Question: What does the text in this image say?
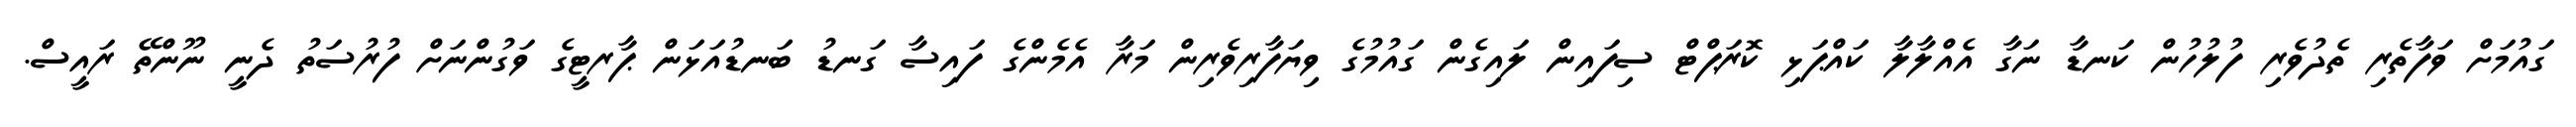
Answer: ގައުމަށް ވަފާތެރި ތެދުވެރި ފުލުހުން ކަނޑާ ނަގާ އެއްލާލާ ކައްޕަޅި ކޮރަޕްޓް ސިފައިން ލައިގެން ގައުމުގެ ވިޔަފާރިވެރިން މަރާ އެމެންގެ ފައިސާ ގަނޑު ބަނޑުއަޅަން ޕާރޓީގެ ވަގުންނަށް ފުރުސަތު ދެނީ ނޫންތޭ ރައީސް.